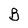
Character: B